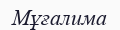
Мұғалима